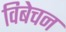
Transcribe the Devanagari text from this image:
विबेचन